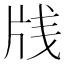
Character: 𰠛